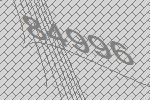
84996